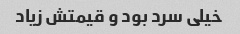
خیلی سرد بود و قیمتش زیاد